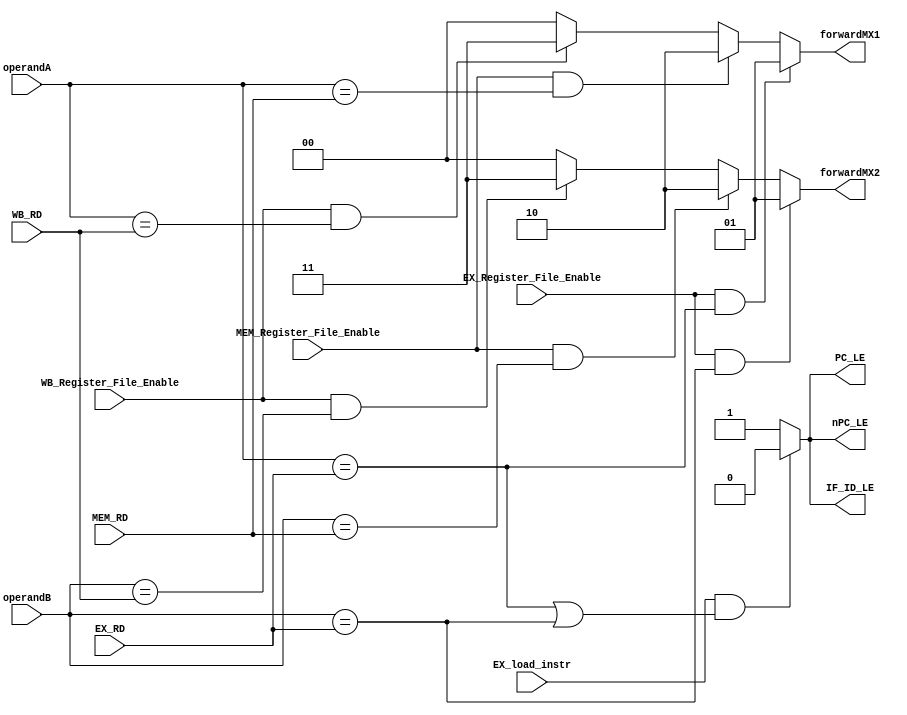
`timescale 1ns / 1ns

module hazard_forwarding_unit (
    output reg [1:0] forwardMX1,
    output reg [1:0] forwardMX2,

    output reg nPC_LE,
    output reg PC_LE,
    output reg IF_ID_LE,

    input wire EX_Register_File_Enable,
    input wire MEM_Register_File_Enable,
    input wire WB_Register_File_Enable,

    // WTF IS A KILoMeTERRRRRRRRRRRRRRRRRRRRRRR
    //              - the destiny register, 2023
    // TODO: Propagate through the pipelines
    input wire [4:0] EX_RD,
    input wire [4:0] MEM_RD,
    input wire [4:0] WB_RD,

    input wire [4:0] operandA, // Source operand A in ID stage
    input wire [4:0] operandB, // Source operand B in ID stage
    input wire EX_load_instr
);

    always @* begin
        /*//FORWARDING PA (ID_mux1)\\\\*/
        if (EX_Register_File_Enable && (operandA == EX_RD))         // EX forwarding
                forwardMX1 <= 2'b01;   
            else if (MEM_Register_File_Enable && (operandA == MEM_RD))    // MEM forwarding
                forwardMX1 <= 2'b10; 
            else if (WB_Register_File_Enable && (operandA == WB_RD)) 
                forwardMX1 <= 2'b11; 
            else forwardMX1 <= 2'b00;                                   // Not forwarding (passing PA from the register file)

        /*//FORWARDING PB (ID_mux2)\\\\*/
        if (EX_Register_File_Enable && (operandB == EX_RD))           // EX forwarding
            forwardMX2 <= 2'b01; 
            else if (MEM_Register_File_Enable && (operandB == MEM_RD))    // MEM forwarding
                forwardMX2 <= 2'b10; 
            else if (WB_Register_File_Enable && (operandB == WB_RD))      // WB forwarding
                forwardMX2 <= 2'b11;                                    // Forwarding [HFU_WB_Rd] to ID
            else forwardMX2 <= 2'b00;                                   // Not forwarding (passing PB from the register file)

        if (EX_load_instr && ((operandA == EX_RD) || (operandB == EX_RD))) begin // Hazard asserted
            nPC_LE          <= 1'b0; // Disable Load Enable of the Next Program Counter (nPC)
            PC_LE           <= 1'b0; // Disable Load Enable of the Program Counter (PC)
            IF_ID_LE        <= 1'b0; // Disable IF/ID Pipeline Register from loading
        end else begin               // Hazard not asserted
            nPC_LE          <= 1'b1; // Program Counter is Load Enable
            PC_LE           <= 1'b1; // Next Program Counter is Load Enable
            IF_ID_LE        <= 1'b1; // IF/ID Pipeline Register is enabled
        end
        // $display("PC_LE: %b, EX_load_instr: %b", PC_LE, EX_load_instr);
    end
endmodule